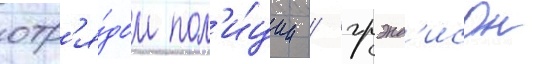
отр'я́дом пол'и́ции / грэнд'исон